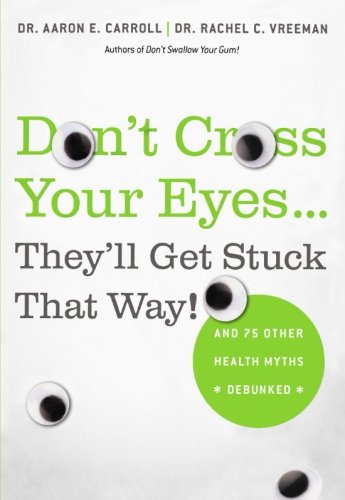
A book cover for Don't Cross Your Eyes...They'll Get Stuck That Way!: And 75 Other Health Myths Debunked; Aaron E. Carroll; Reference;